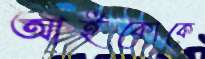
আইকোকে